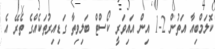
ކޮލަމްބިއާ އަތުން 2-1 އިން އައިވަރީ ކޯސްޓް ބަލިވިތާ ގަޑިއިރުތަކެއްގެ ތެރޭ އެ